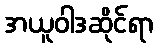
အယူဝါဒဆိုင်ရာ